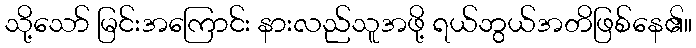
သို့သော် မြင်းအကြောင်း နားလည်သူအဖို့ ရယ်ဘွယ်အတိဖြစ်နေ၏။